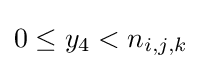
0\leq y_{4}<n_{i,j,k}